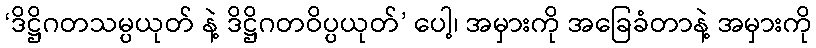
‘ဒိဋ္ဌိဂတသမ္ပယုတ် နဲ့ ဒိဋ္ဌိဂတဝိပ္ပယုတ်’ ပေါ့၊ အမှားကို အခြေခံတာနဲ့ အမှားကို